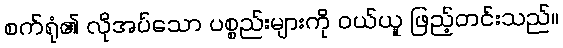
စက်ရုံ၏ လိုအပ်သော ပစ္စည်းများကို ဝယ်ယူ ဖြည့်တင်းသည်။